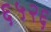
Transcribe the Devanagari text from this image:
६५२६